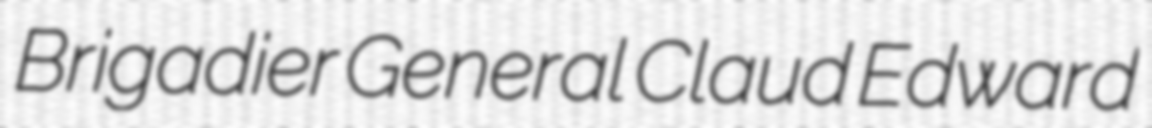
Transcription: Brigadier General Claud Edward